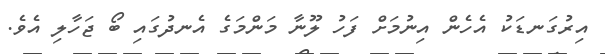
އިރުގަނޑަކު އެހެން އިނުމަށް ފަހު ލޫނާ މަންމަގެ އެނދުގައި ބޯ ޖަހާލި އެވެ.